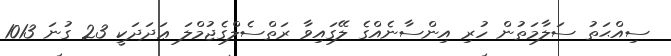
ސިއްޙަތު ސަލާމަތުން ހުރި އިންސާނެއްގެ ލޭގައިވާ ރަތްސެލްގެޖުމްލަ ޢަދަދަކީ 23 ގުނަ 1013